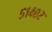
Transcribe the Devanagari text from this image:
५१४०२